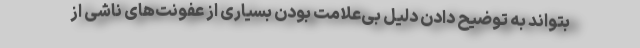
بتواند به توضیح دادن دلیل بی‌علامت بودن بسیاری از عفونت‌های ناشی از